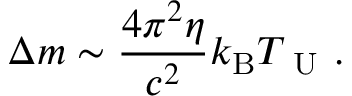
\Delta m \sim \frac { 4 \pi ^ { 2 } \eta } { c ^ { 2 } } k _ { \mathrm { B } } T _ { \mathrm { ~ U ~ } } .